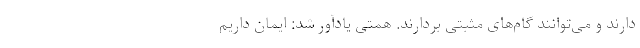
دارند و می‌توانند گام‌های مثبتی بردارند. همتی یادآور شد: ایمان داریم